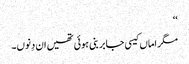
‘‘
مگر اماں کیسی جابر بنی ہوئی تھیں ان دِنوں۔